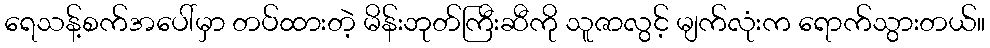
ရေသန့်စက်အပေါ်မှာ တပ်ထားတဲ့ မိန်းဘုတ်ကြီးဆီကို သူဇာလွင့် မျက်လုံးက ရောက်သွားတယ်။